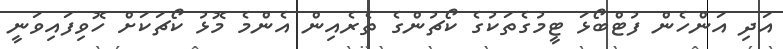
އަދި އަންހެން ފުޓްބޯޅަ ޓީމުގެތަކުގެ ކޯޗުންގެ ތެރެއިން އެންމެ މޮޅު ކޯޗަކަށް ހޮވިފައިވަނީ